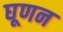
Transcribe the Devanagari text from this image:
घूणन